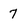
Character: 7